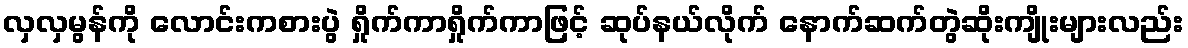
လှလှမွန်ကို လောင်းကစားပွဲ ရှိုက်ကာရှိုက်ကာဖြင့် ဆုပ်နယ်လိုက် နောက်ဆက်တွဲဆိုးကျိုးများလည်း